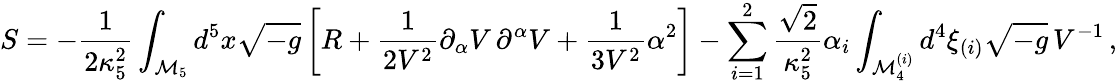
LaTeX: S=-\frac{1}{2\kappa_{5}^{2}}\int_{{\cal M}_{5}}d^{5}x\sqrt{-g}\left[R+\frac{1}{2V^{2}}\partial_{\alpha}V\, \partial^{\alpha}V+\frac{1}{3V^{2}}\alpha^{2}\right]-\sum_{i=1}^{2}\frac{\sqrt{2}}{\kappa_{5}^{2}}\alpha_{i}\int_{{\cal M}_{4}^{(i)}}d^{4}\xi_{(i)}\sqrt{-g}\, V^{-1}\, ,